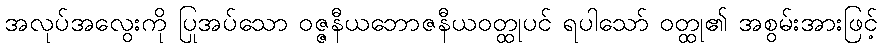
အလုပ်အလွေးကို ပြုအပ်သော ဝဇ္ဇနီယဘောဇနီယဝတ္ထုပင် ရပါသော် ဝတ္ထု၏ အစွမ်းအားဖြင့်